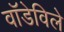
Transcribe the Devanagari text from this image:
वॉडेविले